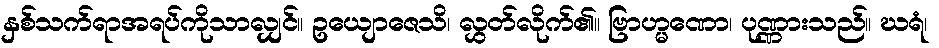
နှစ်သက်ရာအရပ်ကိုသာလျှင်။ ဥယျောဇေသိ၊ လွှတ်လိုက်၏။ ဗြာဟ္မဏော၊ ပုဏ္ဏားသည်။ ဃရံ၊